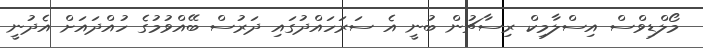
މޯލްޑިވްސް އިސްލާމިކް ރިސާޗުން ބުނީ އެ ސަރަހައްދުގައި ދަރުސް ބޭއްވުމުގެ ހުއްދައަށް އެދުނީ